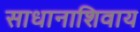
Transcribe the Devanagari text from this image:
साधानाशिवाय